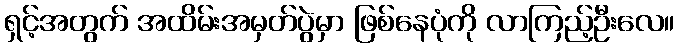
ရှင့်အတွက် အထိမ်းအမှတ်ပွဲမှာ ဖြစ်နေပုံကို လာကြည့်ဦးလေ။